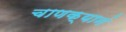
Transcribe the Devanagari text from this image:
चाणक्यानं